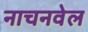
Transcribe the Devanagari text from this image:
नाचनवेल